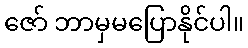
ဇော် ဘာမှမပြောနိုင်ပါ။